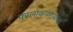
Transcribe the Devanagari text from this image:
परलोकपरायण्ता